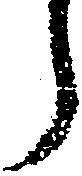
う